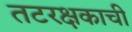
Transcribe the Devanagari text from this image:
तटरक्षकाची